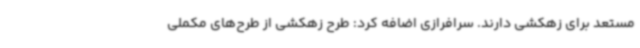
مستعد برای زهکشی دارند. سرافرازی اضافه کرد: طرح زهکشی از طرح‌های مکملی